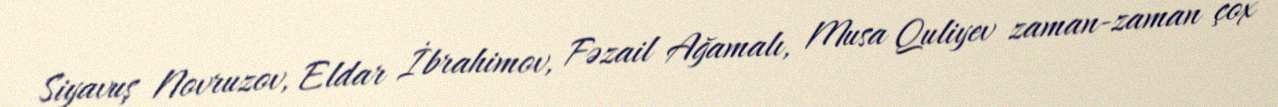
Siyavuş Novruzov, Eldar İbrahimov, Fəzail Ağamalı, Musa Quliyev zaman-zaman çox